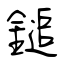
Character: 鎚